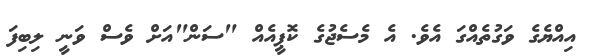
އިއްޔެގެ ވަގުތެއްގަ އެވެ. އެ މެސެޖުގެ ކޮޕީއެއް "ސަން"އަށް ވެސް ވަނީ ލިބިފަ